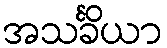
အသင်္ခိယာ